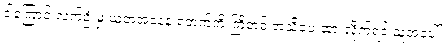
ဒါကြောင့် လက်ဦးမှု ယူတဲ့အနေနဲ့ ရဲဘက်ကို ကြိုတင် အသိပေးထားလိုက်ရင် သူ့အပေါ်